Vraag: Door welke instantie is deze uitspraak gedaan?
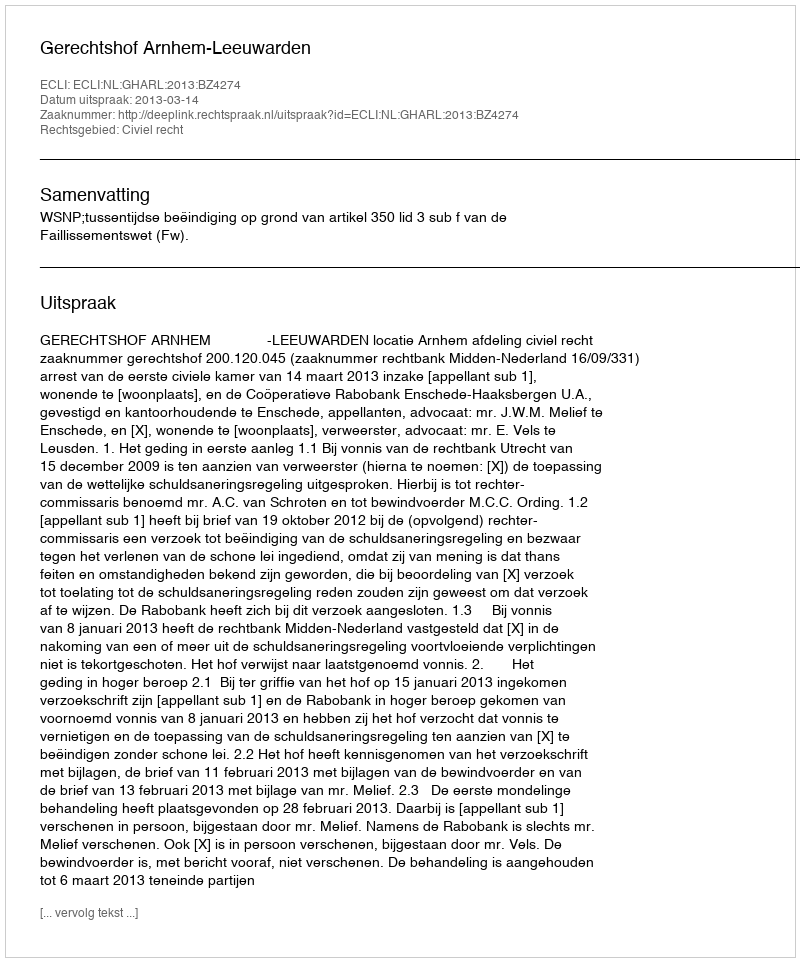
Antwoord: Gerechtshof Arnhem-Leeuwarden